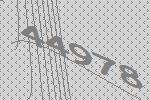
44978